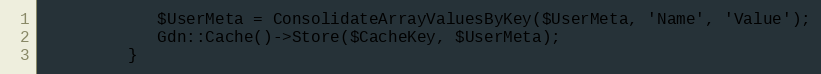
Language: PHP
            $UserMeta = ConsolidateArrayValuesByKey($UserMeta, 'Name', 'Value');
            Gdn::Cache()->Store($CacheKey, $UserMeta);
         }